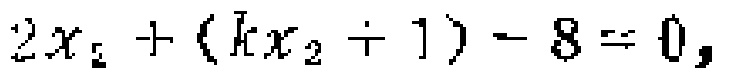
$2x_{2}+(kx_{2}+1)-8 = 0,$